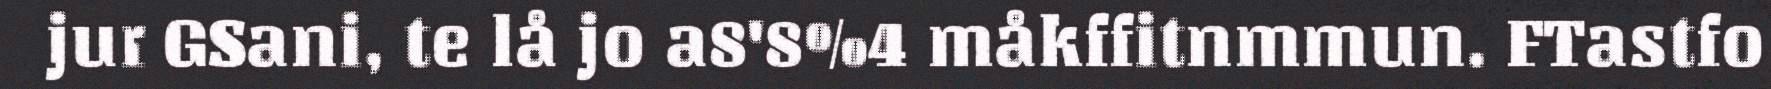
jur GSani, te lå jo a8'8%4 måkffitnmmun. FTastfo